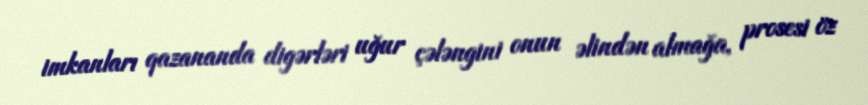
imkanları qazananda digərləri uğur çələngini onun əlindən almağa, prosesi öz